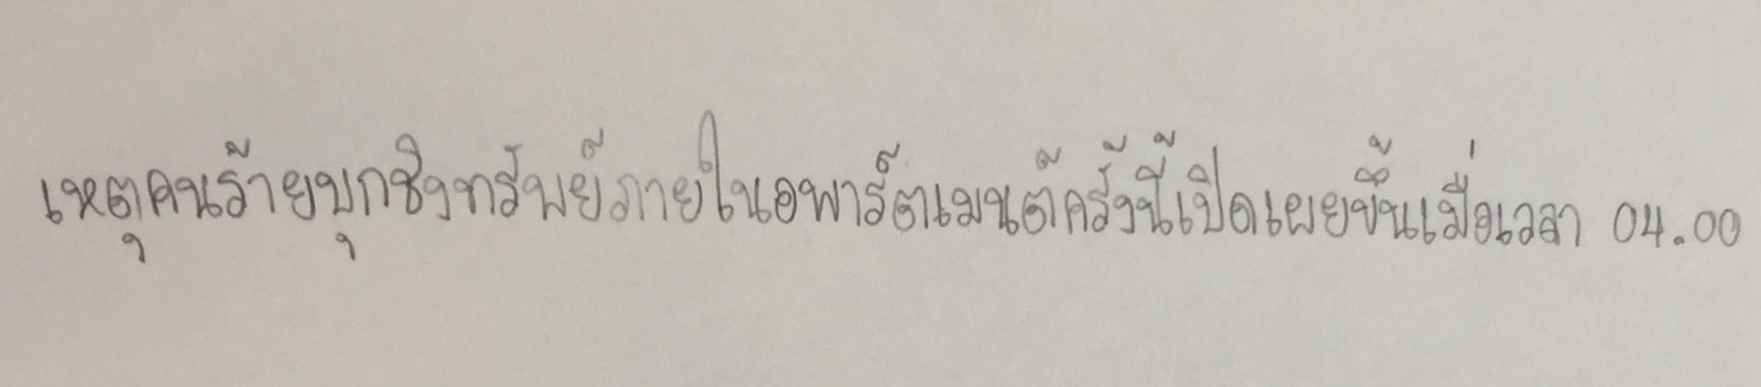
เหตุคนร้ายบุกชิงทรัพย์ภายในอพาร์ตเมนต์ครั้งนี้เปิดเผยขึ้นเมื่อเวลา04.00